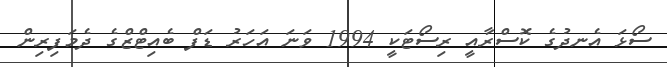
ސޯޅަ އެނދުގެ ކޮސްރާއީ ރިސޯޓަކީ 1994 ވަނަ އަހަރު ޑަފް ބެއިޓްޒްގެ ދެމަފިރިން